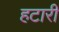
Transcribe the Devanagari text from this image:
हटारी